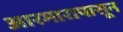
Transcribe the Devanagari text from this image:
आरमारापासून